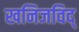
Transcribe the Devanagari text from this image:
खनिजविद्